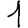
Digit: 1